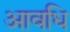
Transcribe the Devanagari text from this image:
आवधि